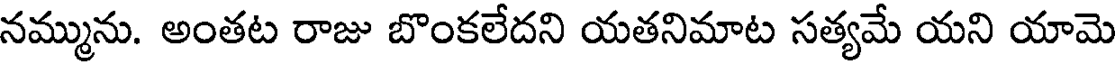
నమ్మును. అంతట రాజు బొంకలేదని యతనిమాట సత్యమే యని యామె